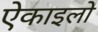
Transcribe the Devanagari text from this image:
ऐकाइलो